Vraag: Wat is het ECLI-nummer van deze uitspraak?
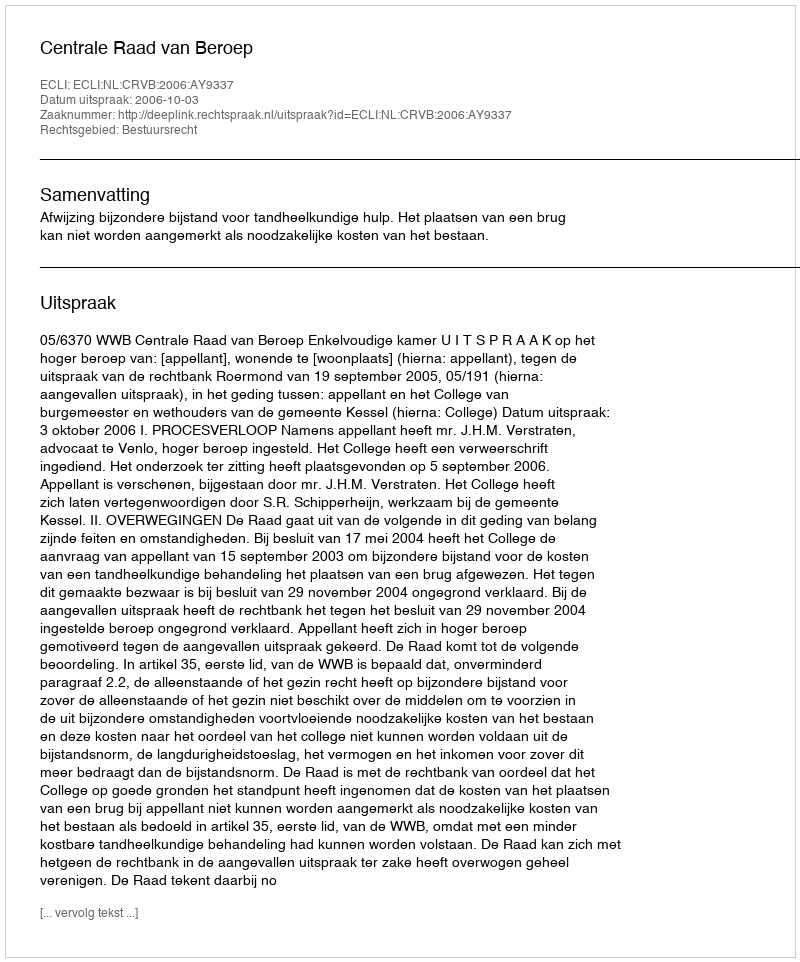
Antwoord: ECLI:NL:CRVB:2006:AY9337